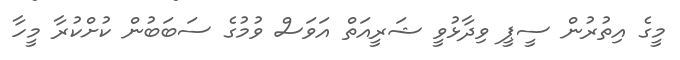
މީގެ އިތުރުން ސީޕީ ވިދާޅުވީ ޝަރީއަތް އަވަސް ވުމުގެ ސަބަބުން ކުށްކުރާ މީހާ